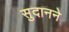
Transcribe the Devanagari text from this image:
सुदानने